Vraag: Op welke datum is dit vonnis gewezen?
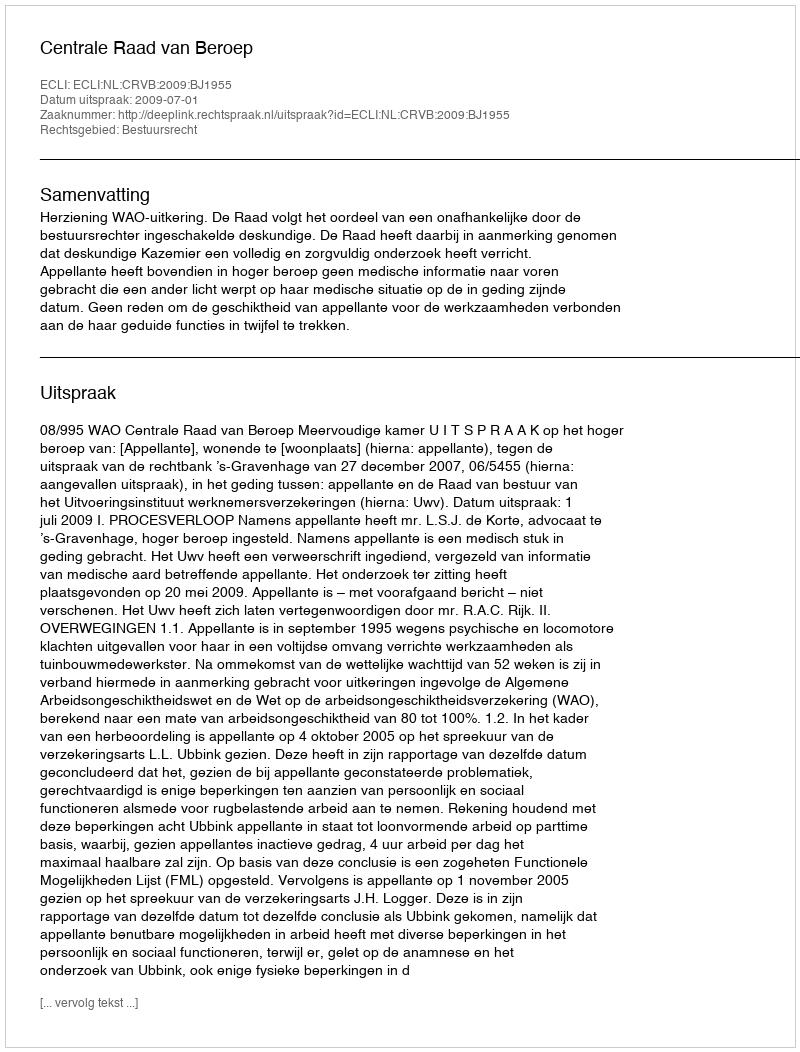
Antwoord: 2009-07-01